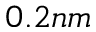
0 . 2 n m